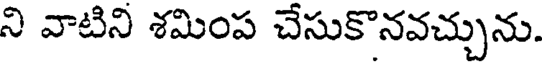
ని వాటిని శమింప చేసుకొనవచ్చును.